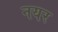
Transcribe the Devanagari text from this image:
नयर